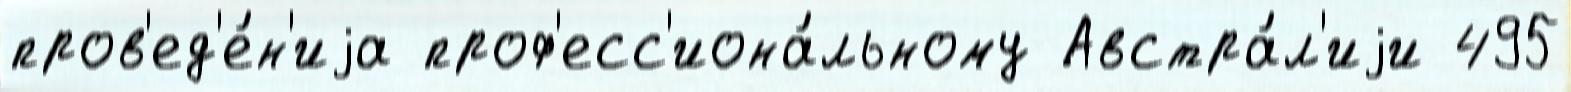
пров'ед'е́н'иjа проф'есс'иона́льному Австра́л'иjи 495